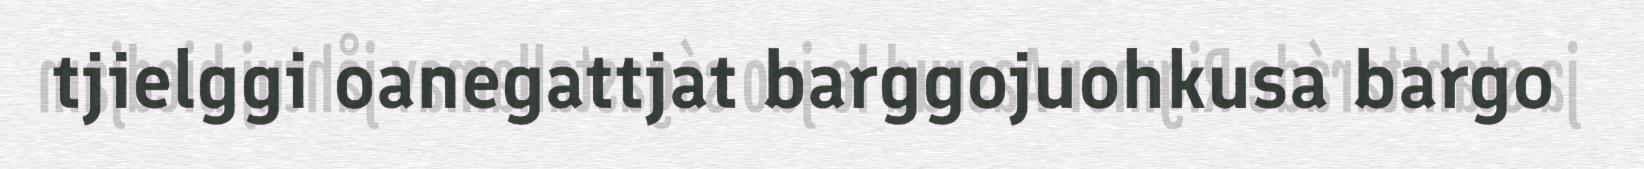
tjielggi oanegattjat barggojuohkusa bargo